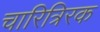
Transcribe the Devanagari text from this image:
चारित्रिरक